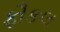
ફૌકલ